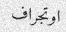
اوتجراف